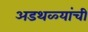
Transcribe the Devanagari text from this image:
अडथळ्यांची